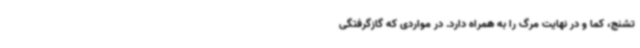
تشنج، کما و در نهایت مرگ را به همراه دارد. در مواردی که گازگرفتگی